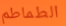
الطماطم